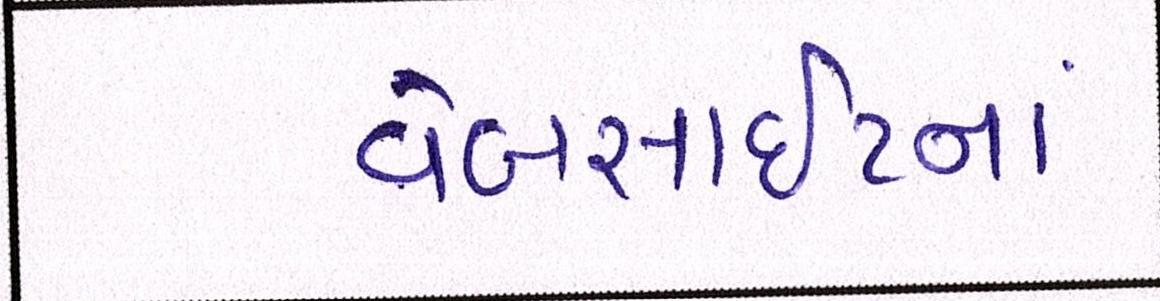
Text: વેબસાઈટનાં